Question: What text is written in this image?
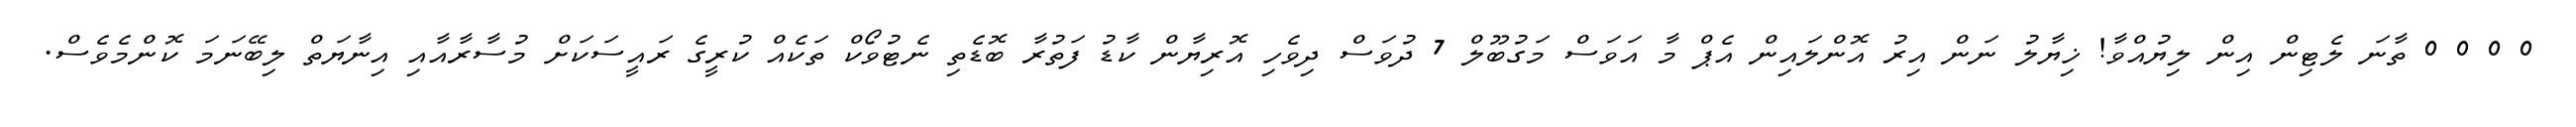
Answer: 0 0 0 0 ތާނަ ލެޓިން އިން ލިޔުއްވާ! ޚިޔާލު ނަން އިރު އޮންލައިން އެޕް މާ އަވަސް މަގުބޫލް 7 ދުވަސް ދިވެހި އޮރިޔާން ކާޑު ފަތުރާ ބޮޑެތި ނެޓުވޯކް ތަކެއް ކުރީގެ ރައީސަކަށް މުސާރާއާއި އިނާޔަތް ލިބޭނަމަ ކޮންމެވެސް.